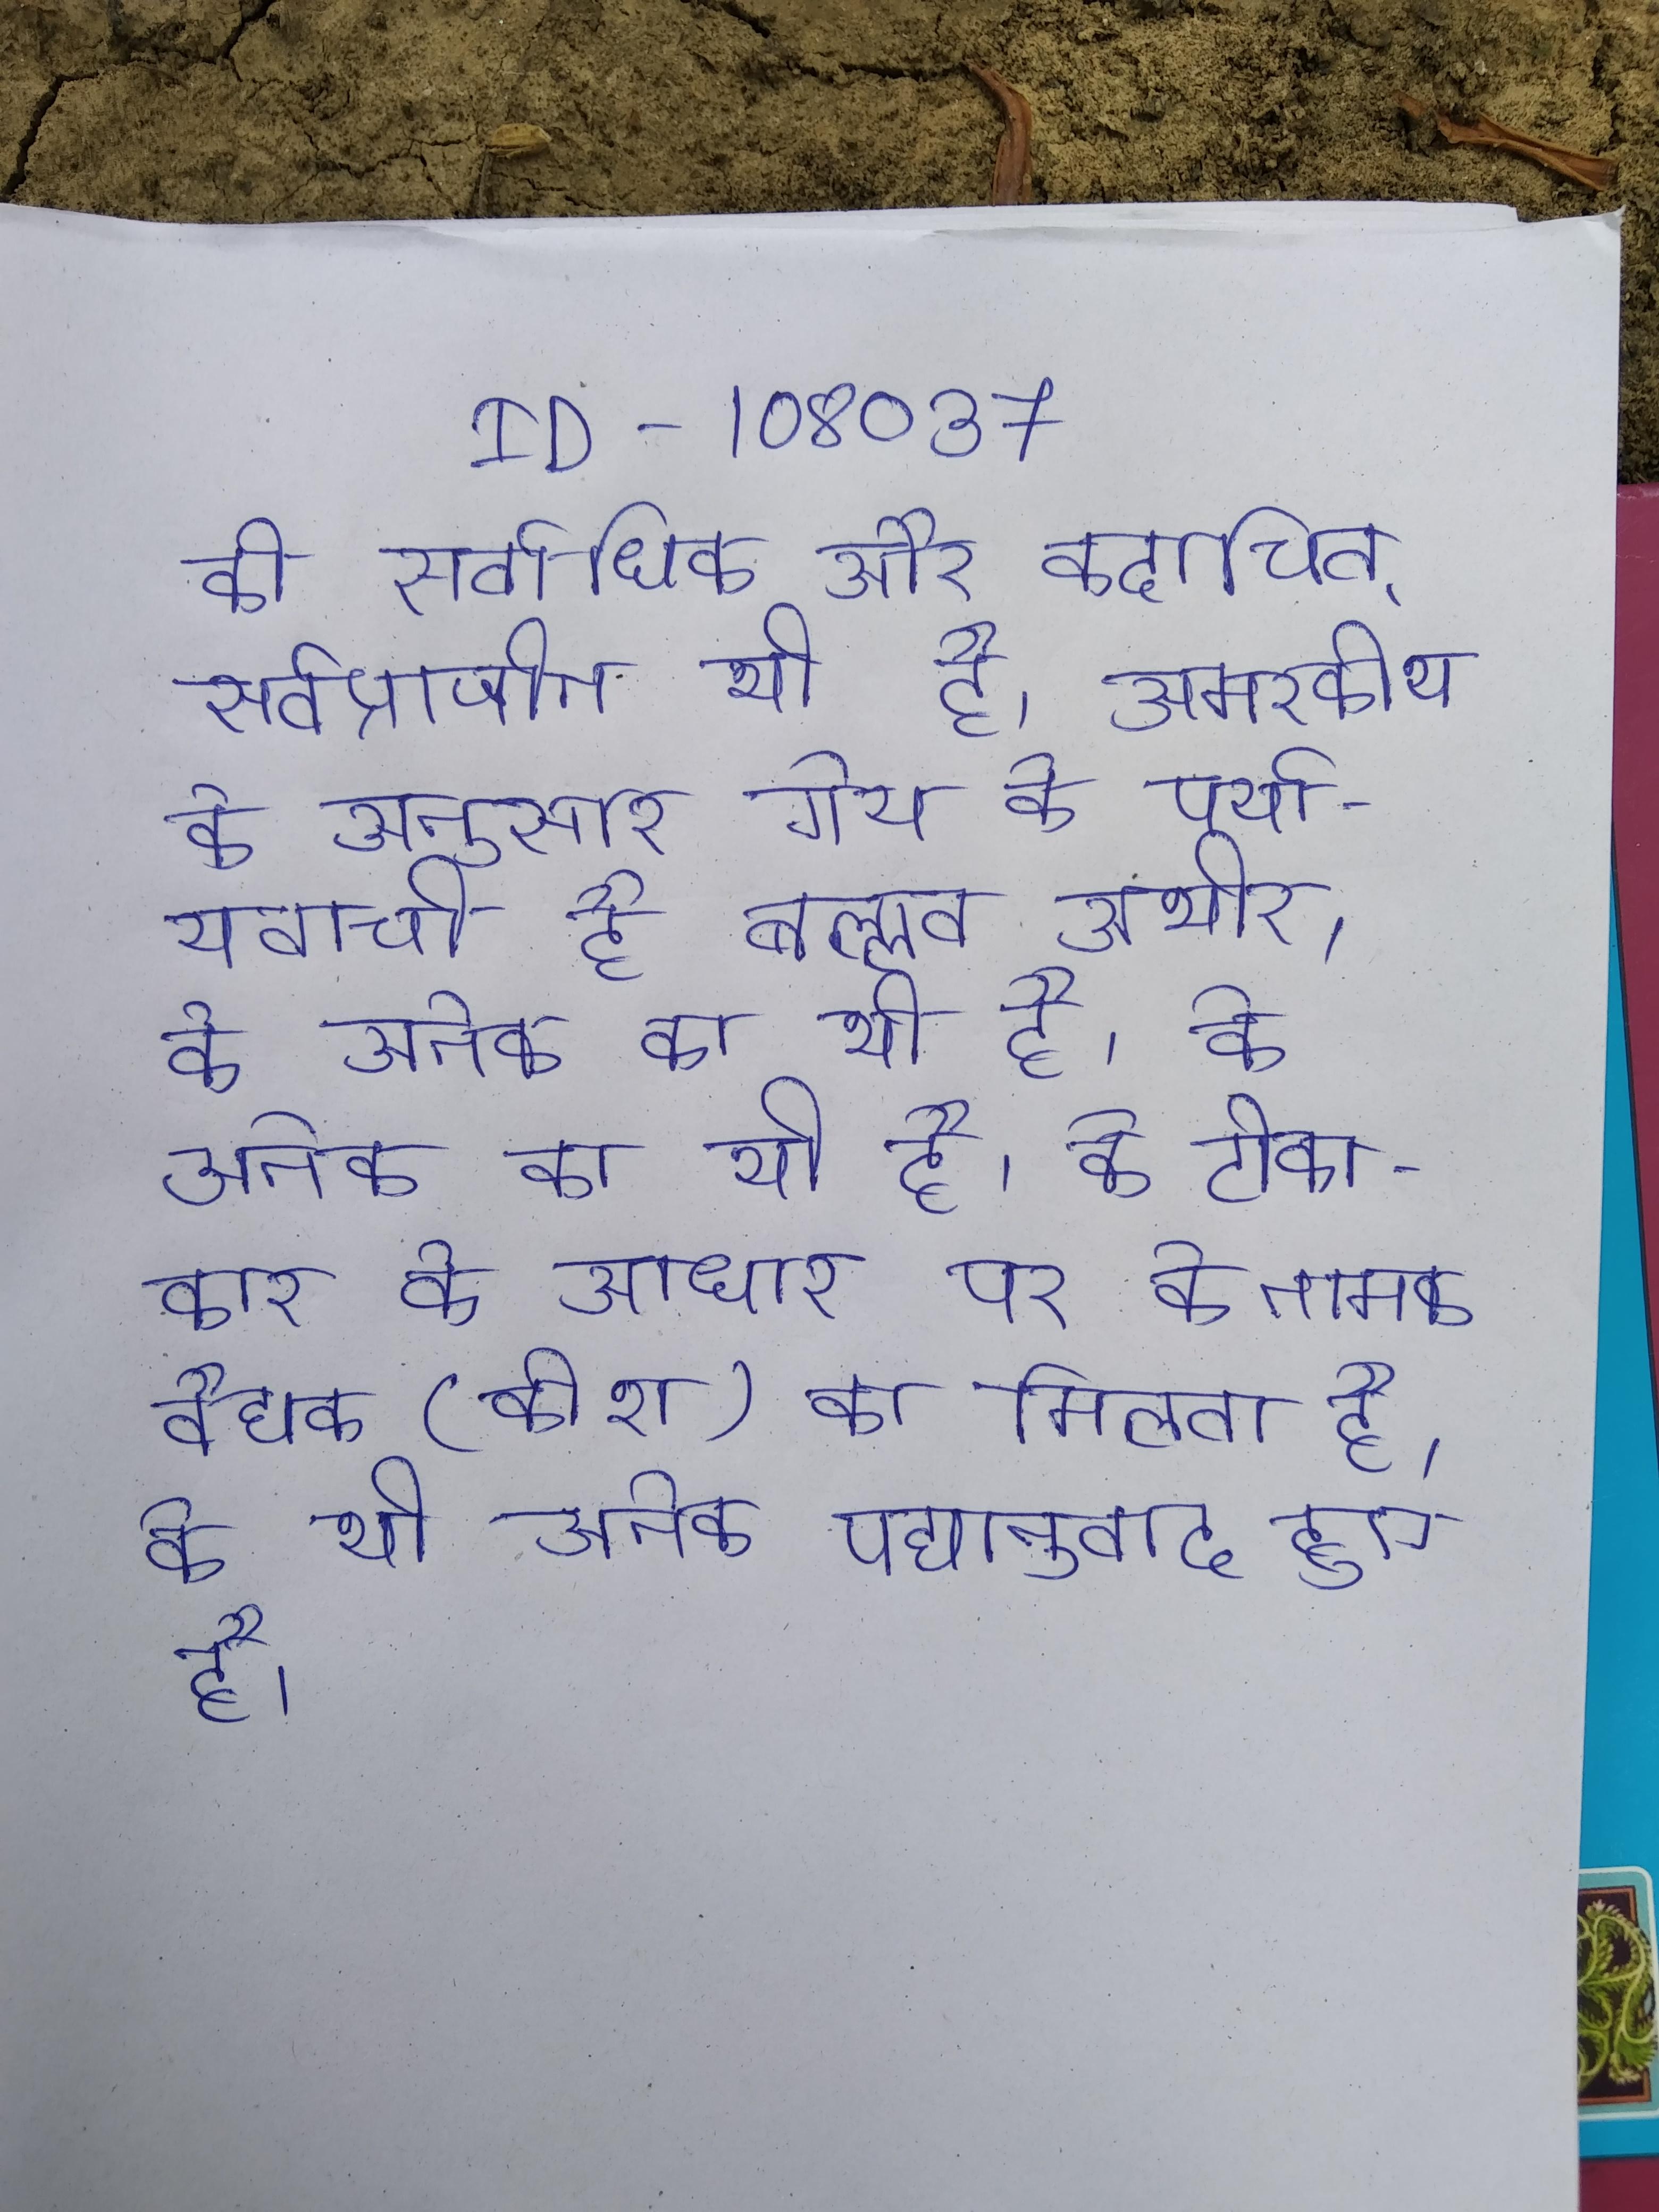
की सर्वाधिक और कदाचित् सर्वप्राचीन भी है । अमरकोश के अनुसार गोप के पर्यायवाची है बल्लव अभीर । के अनेक का भी है । के टीकाकार के आधार पर के नामक वैद्यक (कोश) का मिलता है । के भी अनेक पद्यानुवाद हुए है ।